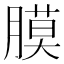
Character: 膜